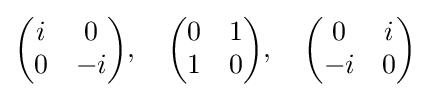
{\begin{pmatrix}i&0\\0&-i\end{pmatrix}},\quad {\begin{pmatrix}0&1\\1&0\end{pmatrix}},\quad {\begin{pmatrix}0&i\\-i&0\end{pmatrix}}